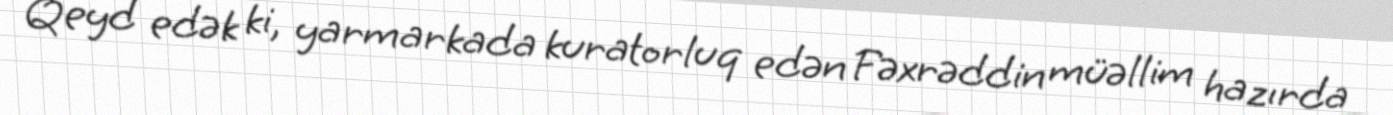
Qeyd edək ki, yarmarkada kuratorluq edən Fəxrəddin müəllim hazırda